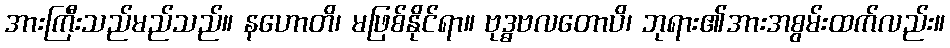
အားကြီးသည်မည်သည်။ နဟောတိ၊ မဖြစ်နိုင်ရာ။ ဗုဒ္ဓဗလတောပိ၊ ဘုရား၏အားအစွမ်းထက်လည်း။